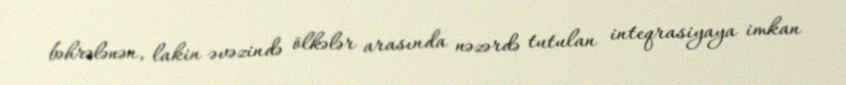
bəhrələnən, lakin əvəzində ölkələr arasında nəzərdə tutulan inteqrasiyaya imkan